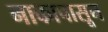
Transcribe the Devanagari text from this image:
नाकापासून